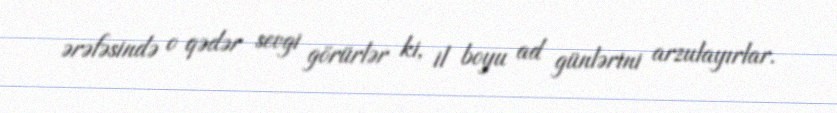
ərəfəsində o qədər sevgi görürlər ki, il boyu ad günlərini arzulayırlar.